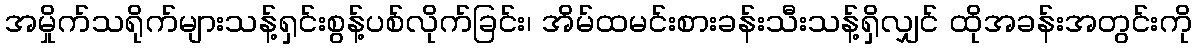
အမှိုက်သရိုက်များသန့်ရှင်းစွန့်ပစ်လိုက်ခြင်း၊ အိမ်ထမင်းစားခန်းသီးသန့်ရှိလျှင် ထိုအခန်းအတွင်းကို